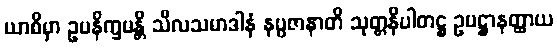
ယာစိမှာ ဥပနိက္ခမန္တိ သီလသမာဒါနံ နပ္ပဇာနာတိ သုတ္တနိပါတဋ္ဌ ဥပဋ္ဌာနတ္ထာယ